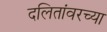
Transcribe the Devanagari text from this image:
दलितांवरच्या